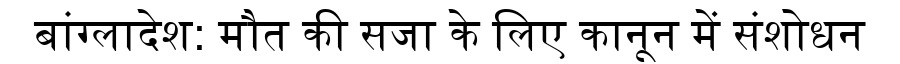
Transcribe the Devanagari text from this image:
बांग्लादेश: मौत की सजा के लिए कानून में संशोधन